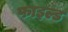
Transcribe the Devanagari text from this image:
फाइल्ड